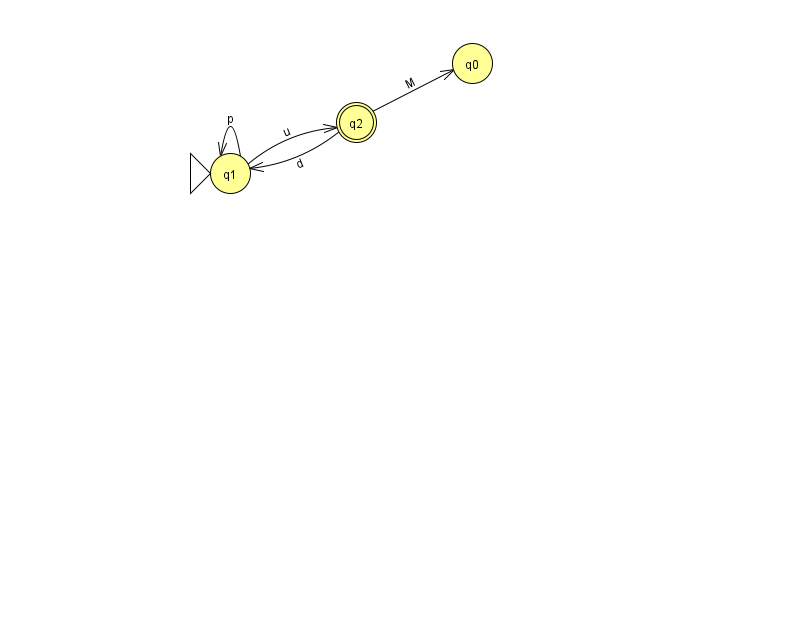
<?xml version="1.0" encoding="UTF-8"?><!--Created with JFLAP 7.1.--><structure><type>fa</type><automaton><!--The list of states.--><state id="0" name="q0"><x>472.0</x><y>50.0</y></state><state id="1" name="q1"><x>230.0</x><y>160.0</y><initial/></state><state id="2" name="q2"><x>356.0</x><y>109.0</y><final/></state><!--The list of transitions.--><transition><from>1</from><to>1</to><read>p</read></transition><transition><from>1</from><to>2</to><read>u</read></transition><transition><from>2</from><to>1</to><read>d</read></transition><transition><from>2</from><to>0</to><read>M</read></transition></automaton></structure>